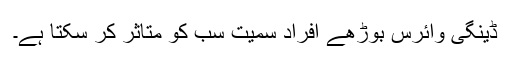
ڈینگی وائرس بوڑھے افراد سمیت سب کو متاثر کر سکتا ہے۔